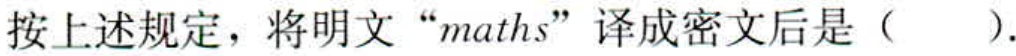
按上述规定，将明文“maths”译成密文后是（  ）.